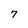
Character: 7